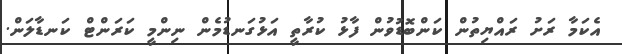
އެކަމާ ރަށު ރައްޔިތުން ކަންބޮޑުވުން ފާޅު ކުރާތީ އަޅުގަނޑުމެން ނިންމީ ކަރަންޓް ކަނޑާލަން.